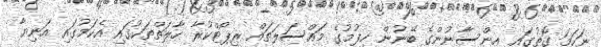
ނަހަމަ ގޮތުގައި އިންސާނުންގެ ބޭނުން ހިފުމުގެ މައްސަލަތައް ރިޕޯޓްކުރާ ހާލަތްތަކުގައި އެކަމުގައި އަނިޔާ